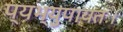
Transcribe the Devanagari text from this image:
प्यभ्युपायतः।